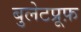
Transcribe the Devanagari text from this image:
बुलेटप्रूफ़